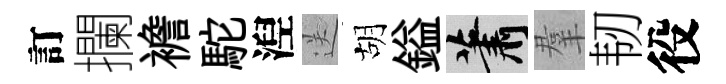
訂攔襜駝湼送胡鎰蕭羣韧役